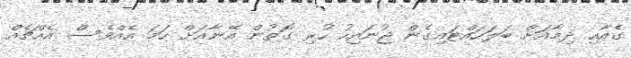
ގެއާއި ދިމާއަށް ބަލަހައްޓައިގެން ޖުނައިހު ހުރި ގޮތުން އޭނާއަށް ހަމަ އެއްވެސް އެއްޗެއް